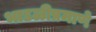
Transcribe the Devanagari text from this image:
भाडळीप्रमाणे